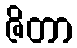
ဇိတာ